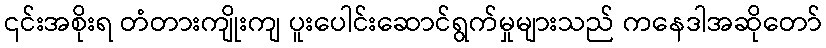
၎င်းအစိုးရ တံတားကျိုးကျ ပူးပေါင်းဆောင်ရွက်မှုများသည် ကနေဒါအဆိုတော်